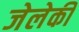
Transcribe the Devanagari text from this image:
जेलेकी